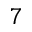
_ 7